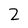
Character: 2